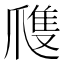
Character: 㸕